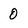
Character: 0